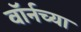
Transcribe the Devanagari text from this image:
वॉर्नच्या